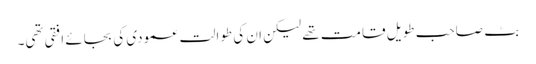
بٹ صاحب طویل قامت تھے لیکن ان کی طوالت عمودی کی بجائے افقی تھی۔